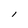
Character: l